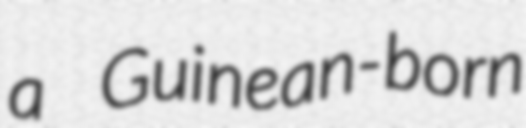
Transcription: a Guinean-born